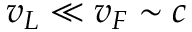
v _ { L } \ll v _ { F } \sim c